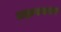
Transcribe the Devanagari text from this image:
प्रदापनगर